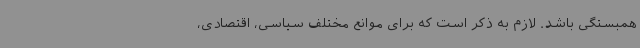
همبستگی باشد. لازم به ذکر است که برای موانع مختلف سیاسی، اقتصادی،